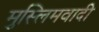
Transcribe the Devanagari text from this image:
मुस्लिमवादी